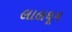
લાલઘૂમ